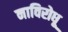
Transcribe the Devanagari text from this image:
नाविरोधू